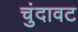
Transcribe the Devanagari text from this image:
चुंदावट